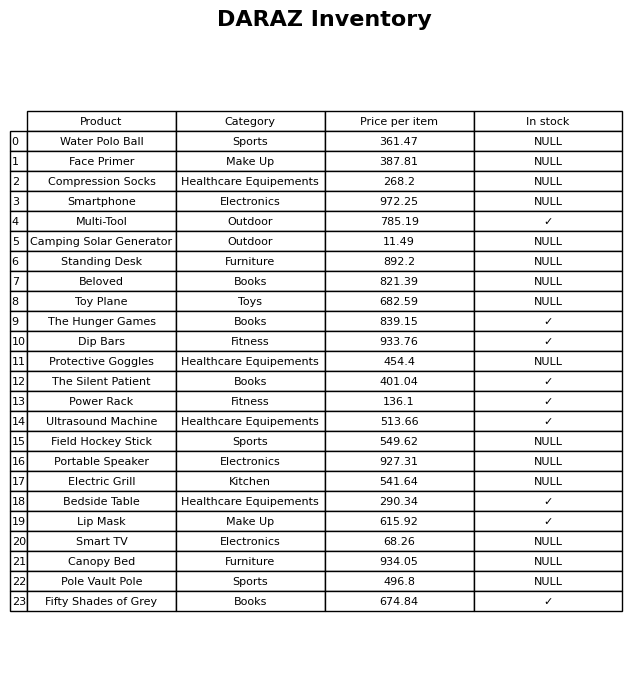
question: What is the stock status of the Ultrasound Machine?
answer: ✓